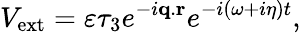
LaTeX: V_{\mathrm{ext}}=\varepsilon\tau_{3}e^{-i{\mathbf q}.{\mathbf r}}e^{-i(\omega+i\eta)t},